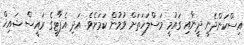
އިސްކަންދެނީ ދީނާއި ގައުމީ މަސްލަހަތަށް ވުމުން ކަމަށެވެ. އަދި އެޕާޓީގެ ރައީސް ޝައިޚް